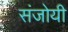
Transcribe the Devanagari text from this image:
संजोयी